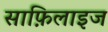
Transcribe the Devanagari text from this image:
साफ़िलाइज